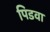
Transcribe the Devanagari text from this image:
पिडवा